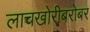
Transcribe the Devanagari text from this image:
लाचखोरीबरोबर